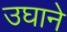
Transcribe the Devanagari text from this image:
उघाने